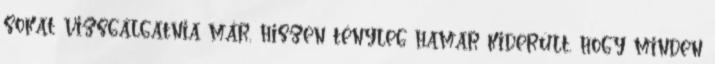
sokat vizsgálgatnia már, hiszen tényleg hamar kiderült, hogy minden